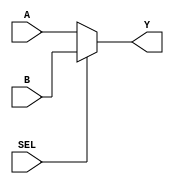
`timescale 1ns / 1ps
//////////////////////////////////////////////////////////////////////////////////
// Company: 
// Engineer: 
// 
// Design Name: 
// Module Name: mux
// Project Name: 
// Target Devices: 
// Tool Versions: 
// Description: 
// 
// Dependencies: 
// 
// Revision:
// Revision 0.01 - File Created
// Additional Comments:
// 
//////////////////////////////////////////////////////////////////////////////////


module mux(input SEL, input[3:0]A, input[3:0]B, output [3:0]Y 
    );
    assign Y = SEL ? B:A; 
    
endmodule